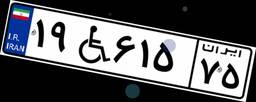
۱۹W۶۱۵۷۵